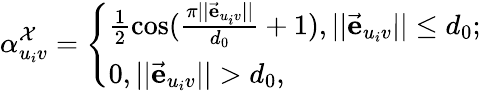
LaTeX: \alpha_{u_{i}v}^{\mathcal{X}}=\left\{ \begin{array}{ll}{\frac{1}{2}\cos(\frac{\pi||\vec{\mathbf{e}}_{u_{i}v}||}{d_{0}}+1),||\vec{\mathbf{e}}_{u_{i}v}||\leq d_{0};}\\ {0,||\vec{\mathbf{e}}_{u_{i}v}||>d_{0},}\end{array}\right.